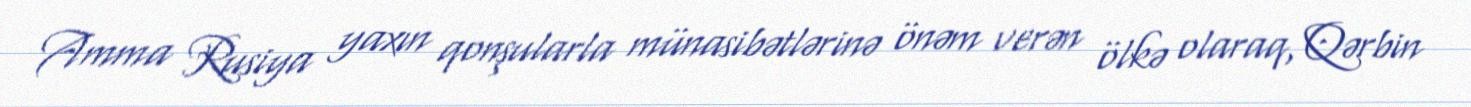
Amma Rusiya yaxın qonşularla münasibətlərinə önəm verən ölkə olaraq, Qərbin